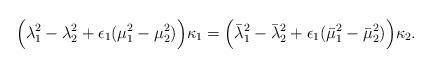
LaTeX: \begin{align*}\Big(\lambda_1^2-\lambda_2^2+\epsilon_1(\mu_1^2-\mu_2^2)\Big)\kappa_1=\Big(\bar\lambda_1^2-\bar\lambda_2^2+\epsilon_1(\bar\mu_1^2-\bar\mu_2^2)\Big)\kappa_2.\end{align*}